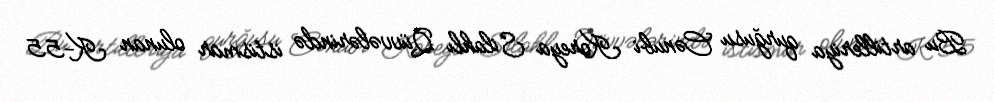
Bu artilleriya qurğusu Cənubi Koreya Silahlı Qüvvələrində istismar olunan K-55